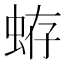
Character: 𧋃